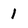
Character: 1